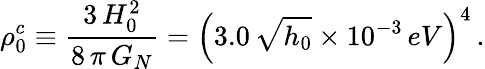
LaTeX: \rho_{0}^{c}\equiv\frac{3\, H_{0}^{2}}{8\, \pi\, G_{N}}=\left(3.0\, \sqrt{h_{0}}\times 10^{-3}\, eV\right)^{4}\, .